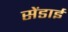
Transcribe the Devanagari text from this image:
सेंडाई